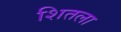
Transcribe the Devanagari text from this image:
शितला